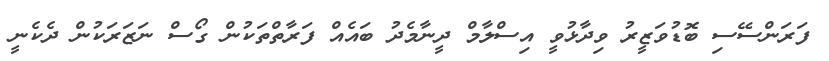
ފަރަންސޭސި ބޮޑުވަޒީރު ވިދާޅުވީ އިސްލާމް ދީނާމެދު ބައެއް ފަރާތްތަކުން ގޯސް ނަޒަރަކުން ދެކެނީ